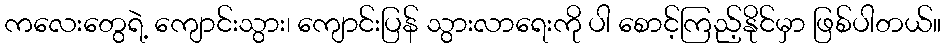
ကလေးတွေရဲ့ ကျောင်းသွား၊ ကျောင်းပြန် သွားလာရေးကို ပါ စောင့်ကြည့်နိုင်မှာ ဖြစ်ပါတယ်။